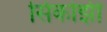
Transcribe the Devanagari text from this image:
सिर्काझी